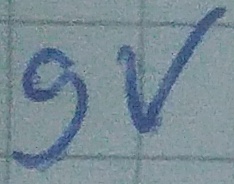
Text: 9V